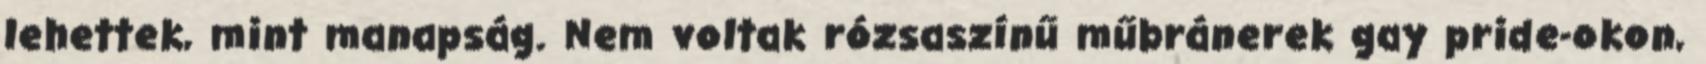
lehettek, mint manapság. Nem voltak rózsaszínű műbránerek gay pride-okon,